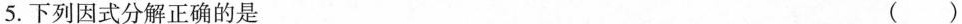
5.下列因式分解正确的是()